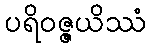
ပရိဝဇ္ဇယိဿံ